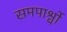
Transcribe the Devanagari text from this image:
समपार्श्वो